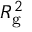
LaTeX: R _ { \mathrm { g } } ^ { 2 }